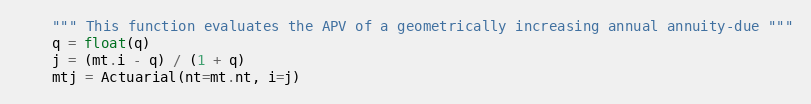
Language: Python
    """ This function evaluates the APV of a geometrically increasing annual annuity-due """
    q = float(q)
    j = (mt.i - q) / (1 + q)
    mtj = Actuarial(nt=mt.nt, i=j)